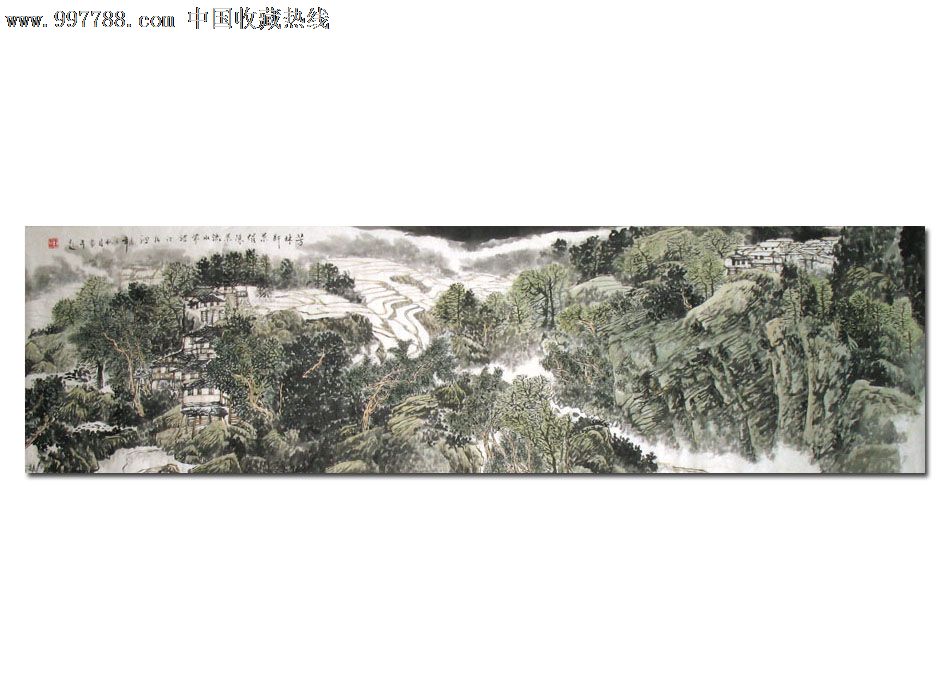
芳林新叶催陈叶，流水前波让後波。